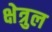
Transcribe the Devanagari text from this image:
क्षेत्रुल